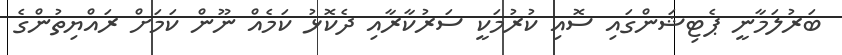
ބަރުލަމާނީ ޕެޓިޝަންގައި ސޮއި ކުރުމަކީ ސަރުކާރާއި ދެކޮޅު ކަމެއް ނޫން ކަމަށް ރައްޔިތުންގެ